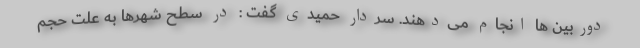
دوربین ها انجام می‌دهند. سردار حمیدی گفت : در سطح شهرها به علت حجم